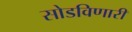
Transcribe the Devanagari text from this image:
सोडविणारी